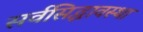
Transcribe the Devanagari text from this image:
सर्वसिद्धावस्था